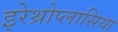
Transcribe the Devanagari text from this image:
इरेथ्रोप्लासिया